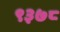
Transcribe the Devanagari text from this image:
९३७८